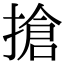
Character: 搶